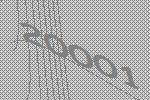
20001